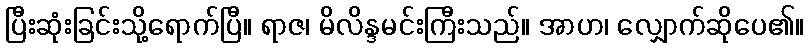
ပြီးဆုံးခြင်းသို့ရောက်ပြီ။ ရာဇ၊ မိလိန္ဒမင်းကြီးသည်။ အာဟ၊ လျှောက်ဆိုပေ၏။